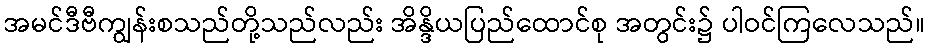
အမင်ဒီဗီကျွန်းစသည်တို့သည်လည်း အိန္ဒိယပြည်ထောင်စု အတွင်း၌ ပါဝင်ကြလေသည်။